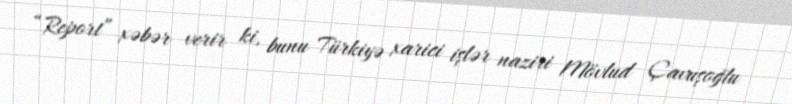
“Report” xəbər verir ki, bunu Türkiyə xarici işlər naziri Mövlud Çavuşoğlu